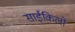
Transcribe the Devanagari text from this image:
साईकिलों